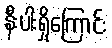
နီးပါးရှိကြောင်း